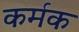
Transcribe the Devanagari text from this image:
कर्मक